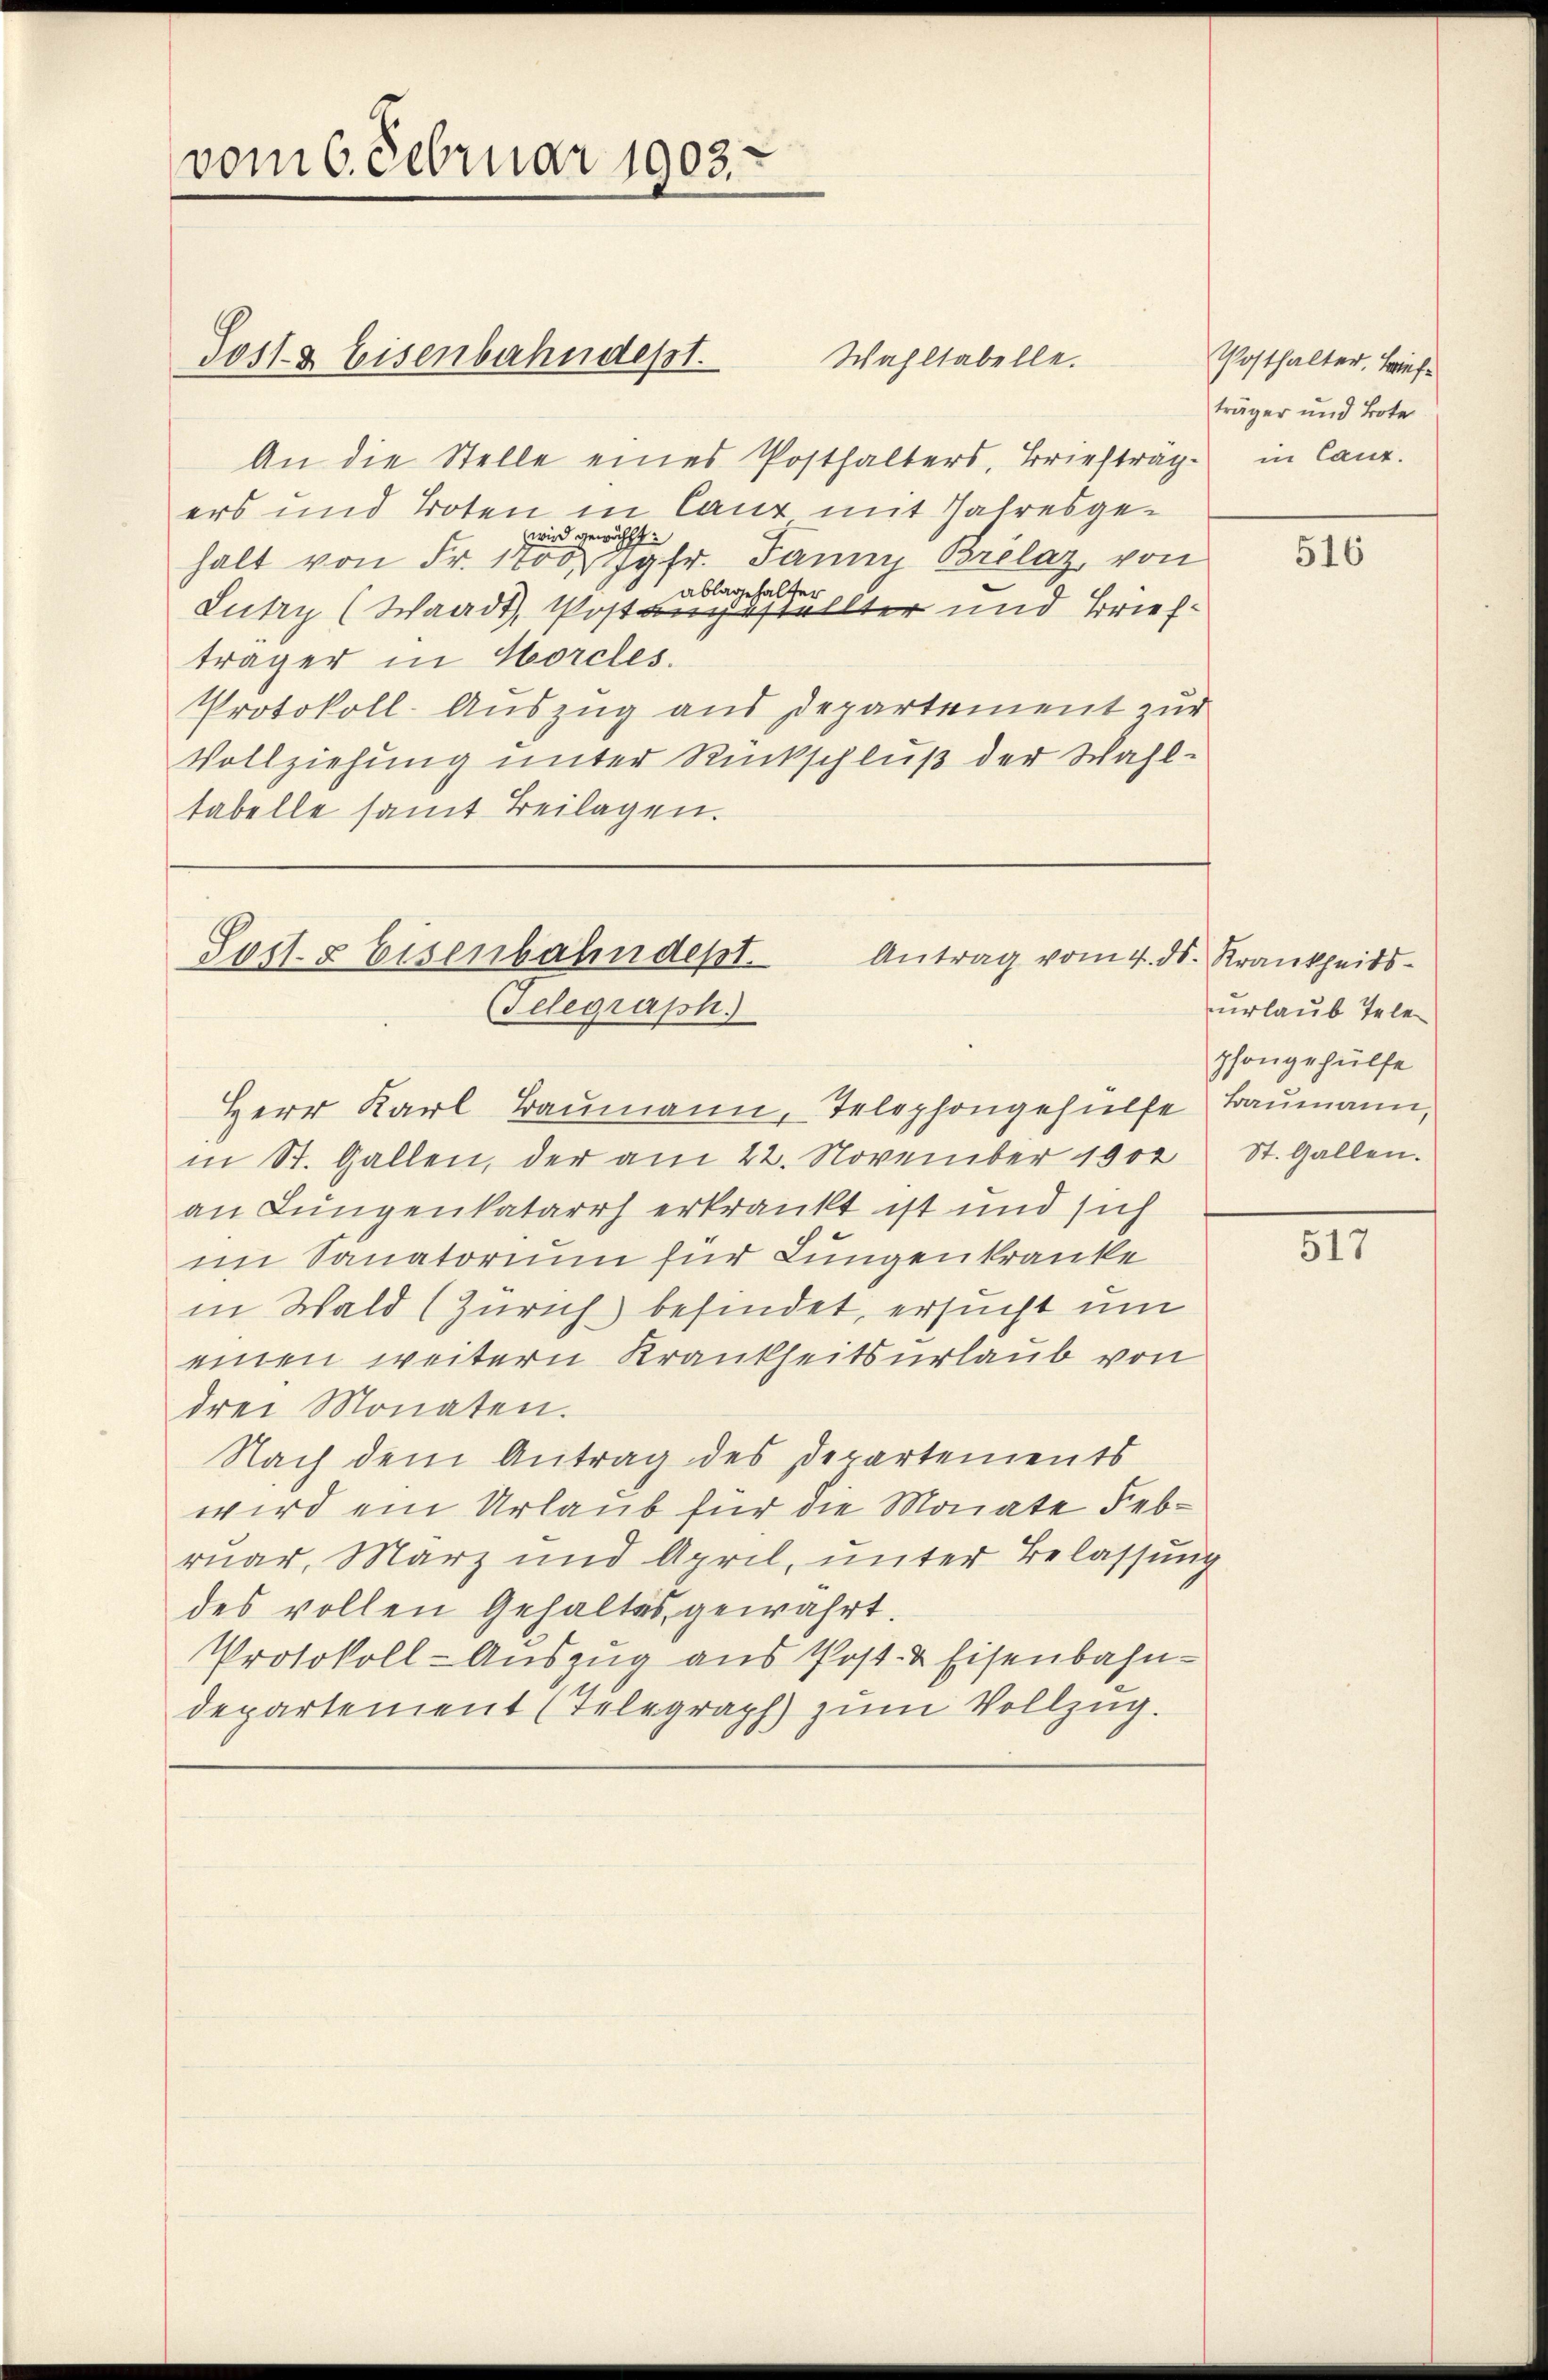
vom 6. Februar 1903.

Post- & Eisenbahndept.
An die Stelle eines Posthalters, Briefträge in Canz.
ers und Toten in Caur mit Jahresgewird gewählt:
halt von Fr. 100 Jgfr. Janny Brélaz, von
ablagehalter
Lutry (Waadt, Postangestellter und Briefträger in Horcles.
Protokoll-Auszug aus Departement zur
Vollziehung unter Rückschluß der Wahltabelle samt Beilagen.

Sost & Eisenbahndept.
Antrag vom 4. ds. Krankheits-
Telegraph

Wahltabelle.

Posthalter, Brief
träger und Bote

Herr Karl Baumann, Telephongehülfe Baumann,
in St. Gallen, der am 22. November 1902
an Lungenkatarrh erkrankt ist und sich
im Sanatorium für Lungenkranke
in Wald (Zürich befindet, ersucht um
einen weitern Krankheitsurlaub von
drei Monaten.
Nach dem Antrag des Departements
wird ein Urlaub für die Monate Februar, März und April, unter Belassung
des vollen Gehaltes gewahrt.
Protokoll-Auszug aus Post- & Eisenbahn-
departement (Telegraph zum Vollzug.

516

urlaub Telephongehülfe
St. Gallen.

517